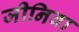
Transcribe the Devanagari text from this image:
जीनिवा